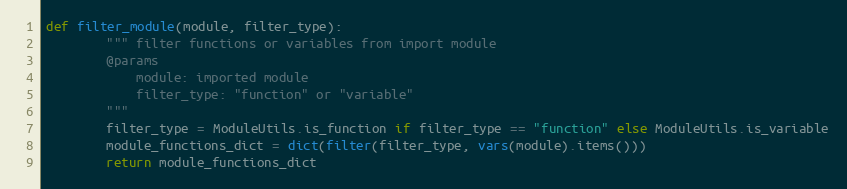
Language: Python
def filter_module(module, filter_type):
        """ filter functions or variables from import module
        @params
            module: imported module
            filter_type: "function" or "variable"
        """
        filter_type = ModuleUtils.is_function if filter_type == "function" else ModuleUtils.is_variable
        module_functions_dict = dict(filter(filter_type, vars(module).items()))
        return module_functions_dict